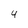
Character: 4